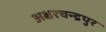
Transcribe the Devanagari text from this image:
अक्षरचन्द्रपुर